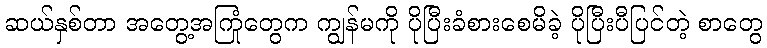
ဆယ်နှစ်တာ အတွေ့အကြုံတွေက ကျွန်မကို ပိုပြီးခံစားစေမိခဲ့ ပိုပြီးပီပြင်တဲ့ စာတွေ